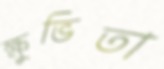
ক্ষুভিতা